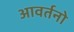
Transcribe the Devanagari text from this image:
आवर्तनो